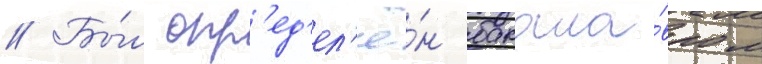
// Бы́л опр'ед'ел'ё́н бакала́вром